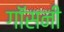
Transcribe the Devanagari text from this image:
गॉसनी